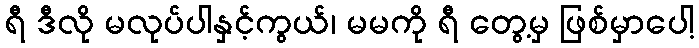
ရီ ဒီလို မလုပ်ပါနှင့်ကွယ်၊ မမကို ရီ တွေ့မှ ဖြစ်မှာပေါ့